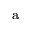
^ \mathrm { a }